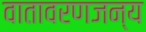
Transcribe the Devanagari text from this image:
वातावरणजन्य